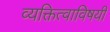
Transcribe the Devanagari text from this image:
व्यक्तित्वाविषयी